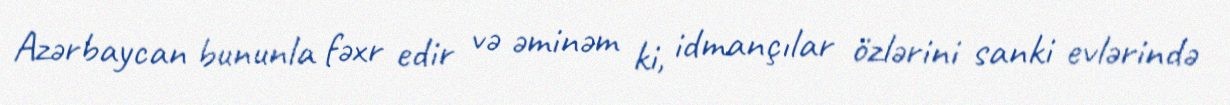
Azərbaycan bununla fəxr edir və əminəm ki, idmançılar özlərini sanki evlərində